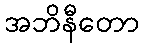
အဘိနီတော